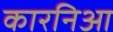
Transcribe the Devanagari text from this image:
कारनिआ